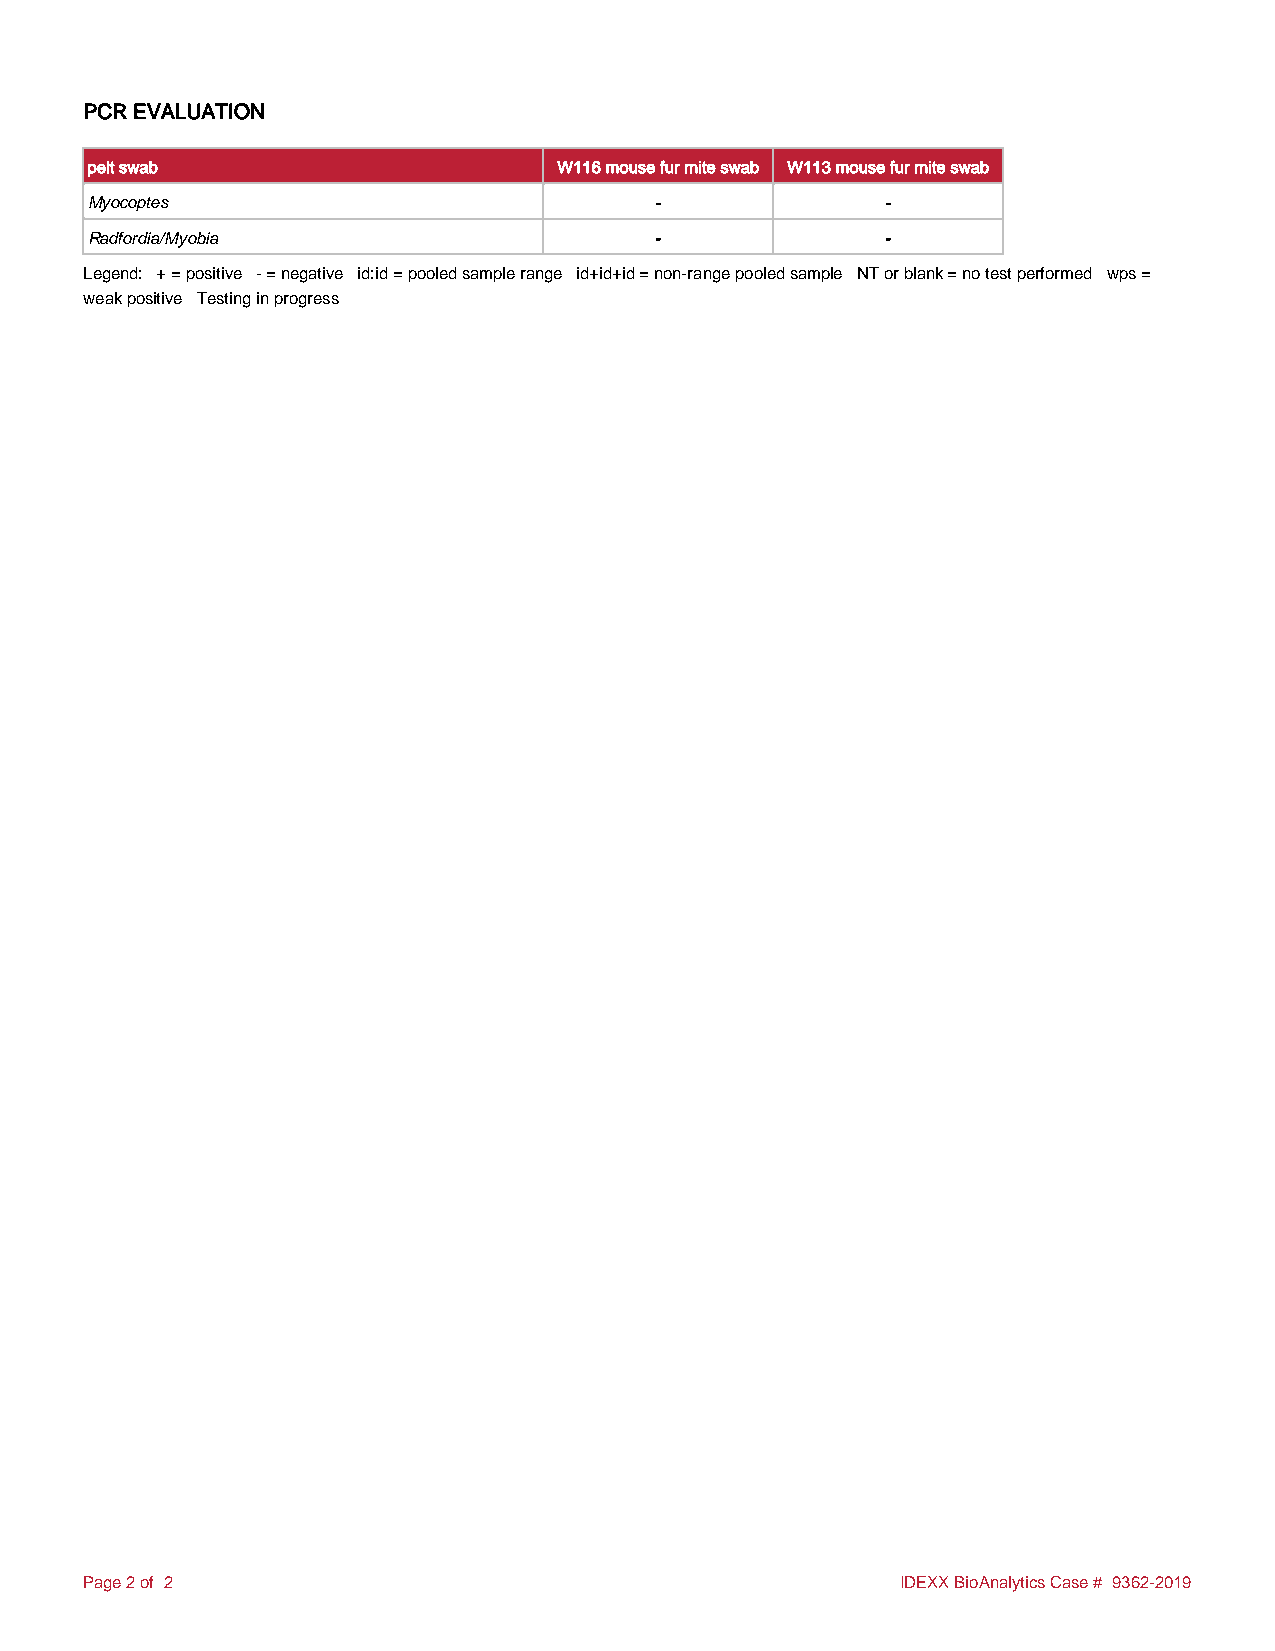
PCR EVALUATION
 pelt swab                      W116 mouse fur mite swab W113 mouse fur mite swab
 Myocoptes                            -               -
 Radfordia/Myobia                     -               -
 Legend: + = positive - = negative id:id = pooled sample range id+id+id = non-range pooled sample NT or blank = no test performed wps =
 weak positive Testing in progress
 Page 2 of 2                                           IDEXX BioAnalytics Case # 9362-2019